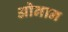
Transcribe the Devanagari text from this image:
ओनान